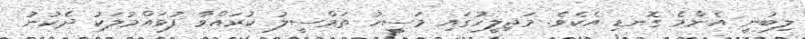
ލިބުނީ އެންމެ ގޮނޑި އެކެވެ. މަޖިލީހުގައި މަސީހު ތަމްސީލު ކުރައްވާ ފުވައްމުލަކު ދެކުނު